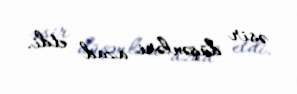
əsir düşənləri azad etdi.